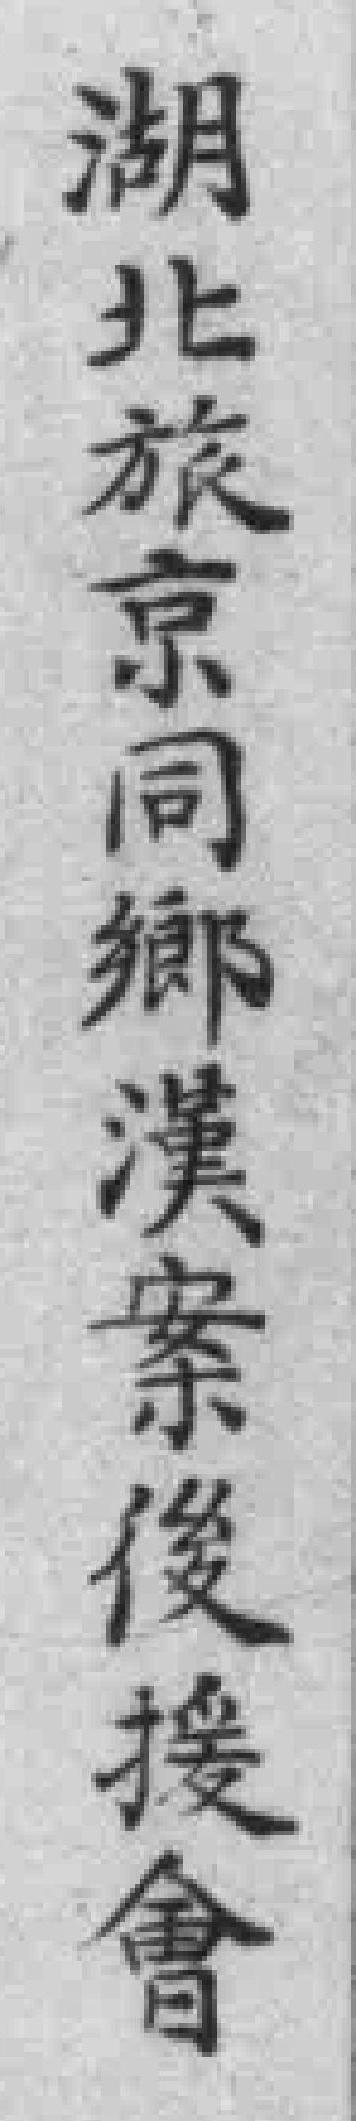
湖北旅京同鄉漢案後援會